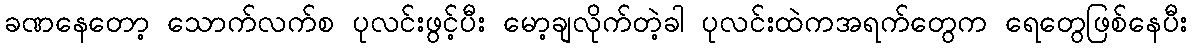
ခဏနေတော့ သောက်လက်စ ပုလင်းဖွင့်ပီး မော့ချလိုက်တဲ့ခါ ပုလင်းထဲကအရက်တွေက ရေတွေဖြစ်နေပီး